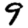
Digit: 9